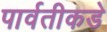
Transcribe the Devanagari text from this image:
पार्वतीकडे